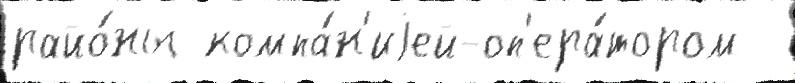
райо́ны компа́н'иjей-оп'ера́тором